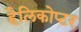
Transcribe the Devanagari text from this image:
हैलिकोप्टर